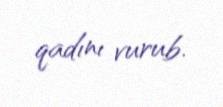
qadını vurub.